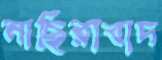
নাছিরাবাদ